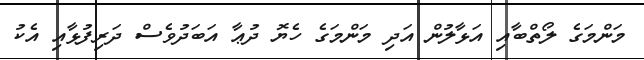
މަންމަގެ ލޯތްބާއި އަޅާލުން އަދި މަންމަގެ ހެޔޮ ދުޢާ އަބަދުވެސް ދަރިފުޅާއި އެކު